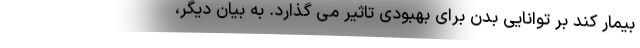
بیمار کند بر توانایی بدن برای بهبودی تاثیر می گذارد. به بیان دیگر،